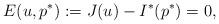
LaTeX: \begin{align*} E(u,p^*) := J(u) - I^*(p^*) = 0,\end{align*}